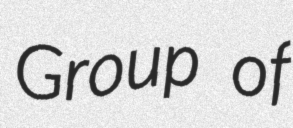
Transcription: Group of